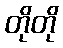
တိုတို